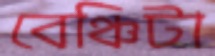
বেঞ্চিটা